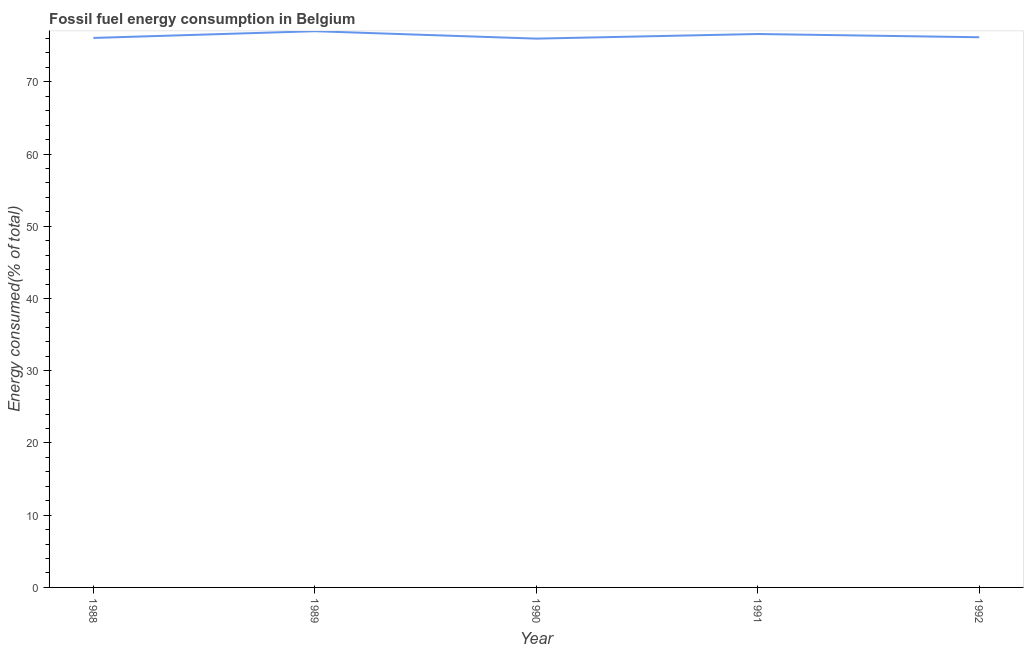
| Year | Fossil fuel energy consumption (% of total) |
 | --- | --- |
 | 1988 | 76.1 |
 | 1989 | 77 |
 | 1990 | 76 |
 | 1991 | 76.6 |
 | 1992 | 76.2 |